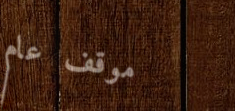
موقف عام